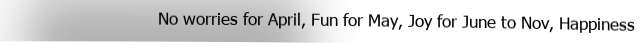
No worries for April, Fun for May, Joy for June to Nov, Happiness